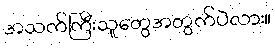
အသက်ကြီးသူတွေအတွက်ပဲလား။